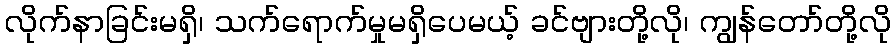
လိုက်နာခြင်းမရှိ၊ သက်ရောက်မှုမရှိပေမယ့် ခင်ဗျားတို့လို၊ ကျွန်တော်တို့လို